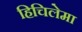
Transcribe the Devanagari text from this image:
हिचिलेमा